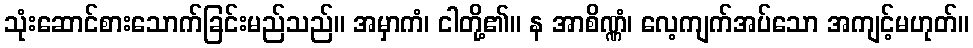
သုံးဆောင်စားသောက်ခြင်းမည်သည်။ အမှာကံ၊ ငါတို့၏။ န အာစိဏ္ဏံ၊ လေ့ကျက်အပ်သော အကျင့်မဟုတ်။